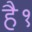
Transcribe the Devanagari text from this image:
है१